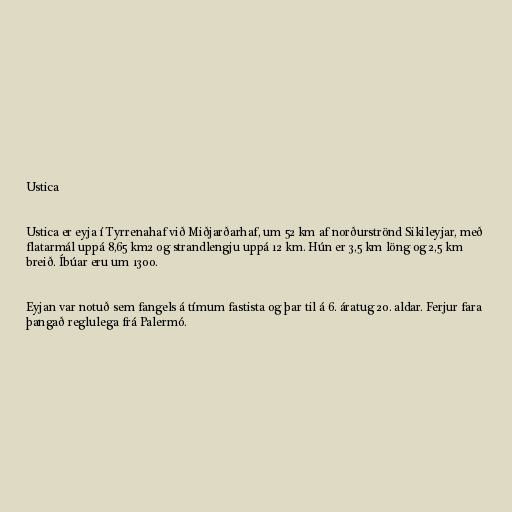
Ustica

Ustica er eyja í Tyrrenahaf við Miðjarðarhaf, um 52 km af norðurströnd Sikileyjar, með
flatarmál uppá 8,65 km2 og strandlengju uppá 12 km. Hún er 3,5 km löng og 2,5 km
breið. Íbúar eru um 1300.

Eyjan var notuð sem fangels á tímum fastista og þar til á 6. áratug 20. aldar. Ferjur fara
þangað reglulega frá Palermó.